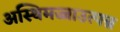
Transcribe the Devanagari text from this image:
अस्थिमज्जाउत्पन्न